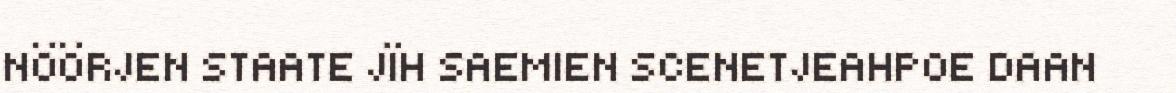
NÖÖRJEN STAATE JÏH SAEMIEN SCENETJEAHPOE DAAN